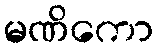
မဏိကော